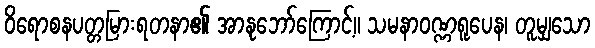
ဝိရောစနပတ္တမြားရတနာ၏ အာနုဘော်ကြောင့်။ သမနာဝဏ္ဏရူပေန၊ တူမျှသော